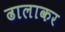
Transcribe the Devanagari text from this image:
ढालाकर